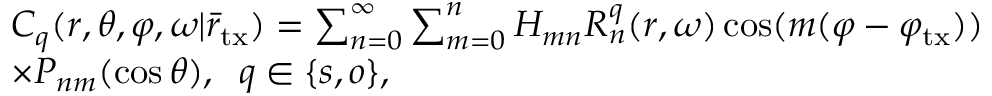
\begin{array} { r l } & { C _ { q } ( r , \theta , \varphi , \omega | \bar { r } _ { \mathrm { t x } } ) = \sum _ { n = 0 } ^ { \infty } { \sum _ { m = 0 } ^ { n } { { { H _ { m n } R _ { n } ^ { q } ( r , \omega ) } \cos ( m ( \varphi - { \varphi _ { \mathrm { t x } } } ) ) } } } } \\ & { \times P _ { n m } ( \cos \theta ) , \; \; q \in \{ s , o \} , } \end{array}